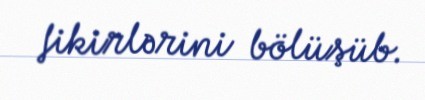
fikirlərini bölüşüb.